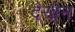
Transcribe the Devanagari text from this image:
देखेन